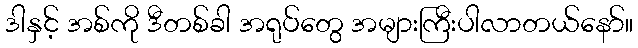
ဒါနှင့် အစ်ကို ဒီတစ်ခါ အရုပ်တွေ အများကြီးပါလာတယ်နော်။